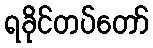
ရခိုင်တပ်တော်